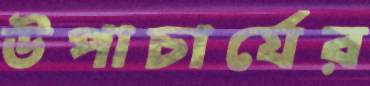
উপাচার্যের